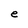
Character: e